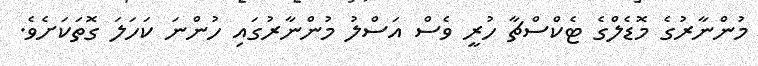
މުންނާރުގެ މޮޑެލްގެ ޓެކްސްޗާ ހުރީ ވެސް އަސްލު މުންނާރުގައި ހުންނަ ކަހަލަ ގޮތަކަށެވެ.